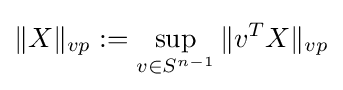
\|X\|_{vp}:=\sup _{v\in S^{n-1}}\|v^{T}X\|_{vp}